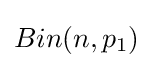
Bin(n,p_{1})